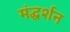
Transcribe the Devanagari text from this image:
मंद्घर्शन